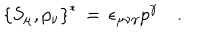
\left\{ S _ { \mu } , p _ { \nu } \right\} ^ { \ast } \, = \, \epsilon _ { \mu \nu \gamma } p ^ { \gamma } \quad .